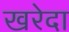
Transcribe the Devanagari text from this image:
खरेदा